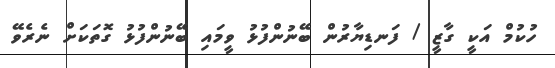
ހުކުމް އަކީ ގާޒީ / ފަނޑިޔާރުން ބޭނުންފުޅު ވީމައި ބޭނުންފުޅު ގޮތަކަށް ނެރެވޭ